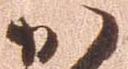
か